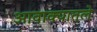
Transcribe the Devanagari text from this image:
आवाक्यातले